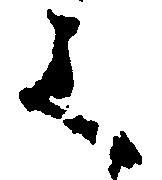
く